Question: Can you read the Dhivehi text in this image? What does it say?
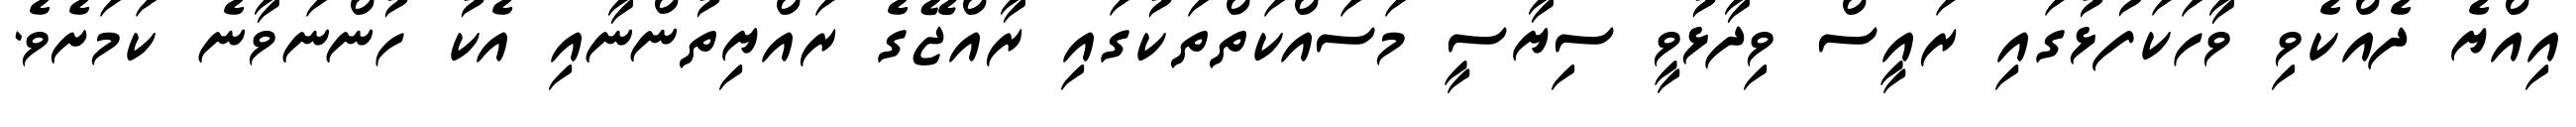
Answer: އިއްޔެ ދެއްކެވި ވާހަކަފުޅުގައި ރައީސް ވިދާޅުވީ ސިޔާސީ މަސައްކަތްތަކުގައި ރާއްޖޭގެ ރައްޔިތުންނާއި އެކު ހުންނަވާނެ ކަމަށެވެ.